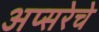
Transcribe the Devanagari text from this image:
अप्सरेचे